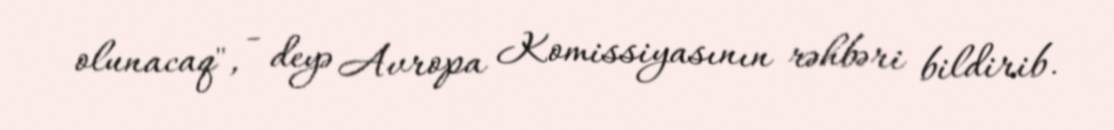
olunacaq", - deyə Avropa Komissiyasının rəhbəri bildirib.